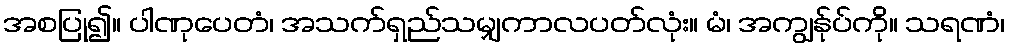
အစပြု၍။ ပါဏုပေတံ၊ အသက်ရှည်သမျှကာလပတ်လုံး။ မံ၊ အကျွန်ုပ်ကို။ သရဏံ၊